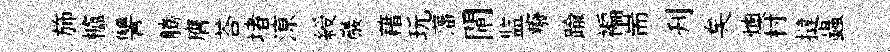
斾櫨讐腾膺荅堵鿌綬巖藉玩藩閘监癈踰褊耑刋矣燠村撻蟲